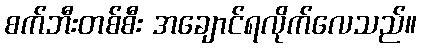
စက်ဘီးတစ်စီး အချောင်ရလိုက်လေသည်။